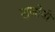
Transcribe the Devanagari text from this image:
सृजोनी